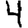
Digit: 4